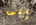
إلى